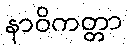
နာဝိကတ္တာ